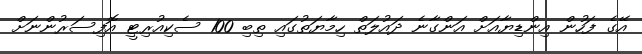
އޭގެ ފަހުން އިންޑިޔާއަށް އަންގާނެ ދައުލަތް ހިމާޔަތުގައި ތިބި 100 ސެކިއުރިޓީ އޮފިސަރުންނަށް